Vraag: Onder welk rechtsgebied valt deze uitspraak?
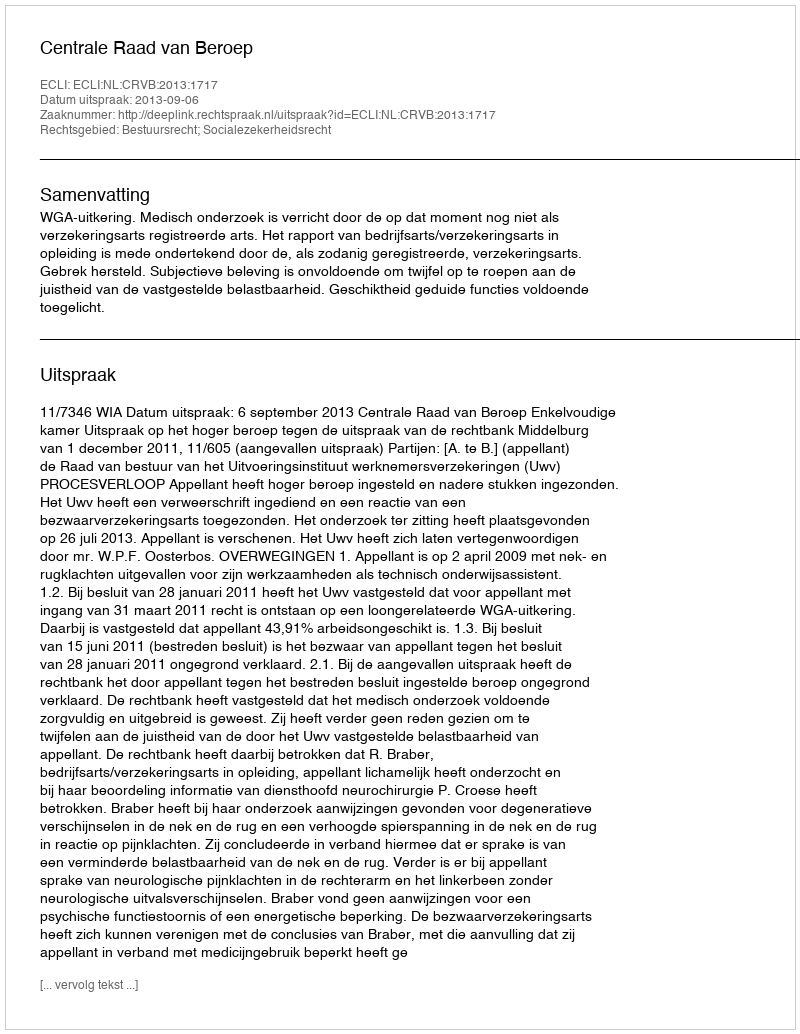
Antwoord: Bestuursrecht; Socialezekerheidsrecht